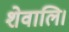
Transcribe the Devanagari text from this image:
शेवालि।